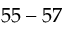
5 5 - 5 7